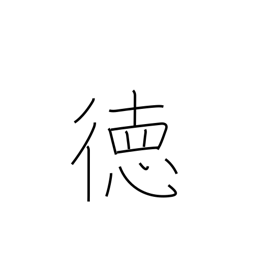
Meaning: virtue